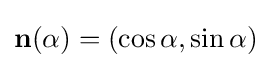
\mathbf {n} (\alpha )=(\cos \alpha ,\sin \alpha )